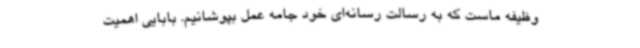
وظیفه ماست که به رسالت رسانه‌ای خود جامه عمل بپوشانیم. بابایی اهمیت